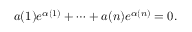
a ( 1 ) e ^ { \alpha ( 1 ) } + \cdots + a ( n ) e ^ { \alpha ( n ) } = 0 .